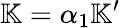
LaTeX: \mathbb{K}=\alpha_{1}\mathbb{K}^{\prime}